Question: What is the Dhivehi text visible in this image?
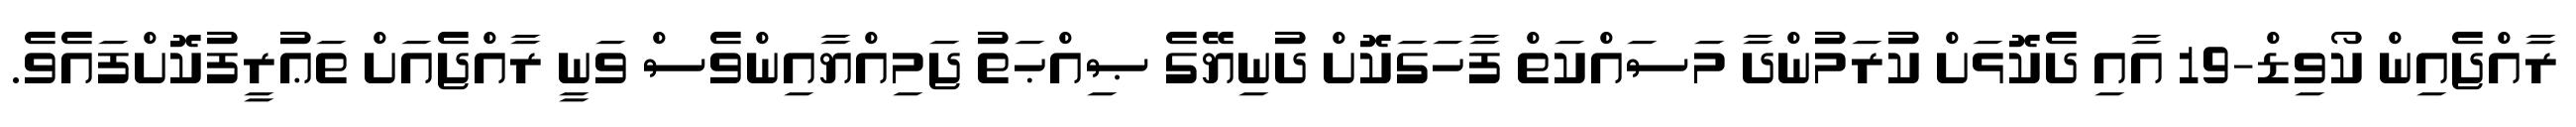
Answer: ރާއްޖެއިން ކޯވިޑް-19 އާއި ދެކޮޅަށް ކުރަމުންދާ މަސައްކަތް ފާހަގަކޮށް ދުނިޔޭގެ ޞިއްޙަތު ޖަމިއްޔާއިންވެސް ވަނީ ރާއްޖެއަށް ތަޢުރީފުކޮށްފައެވެ.